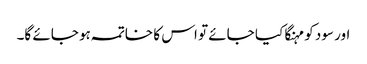
اور سود کو مہنگا کیا جائے تو اس کا خاتمہ ہو جائے گا۔